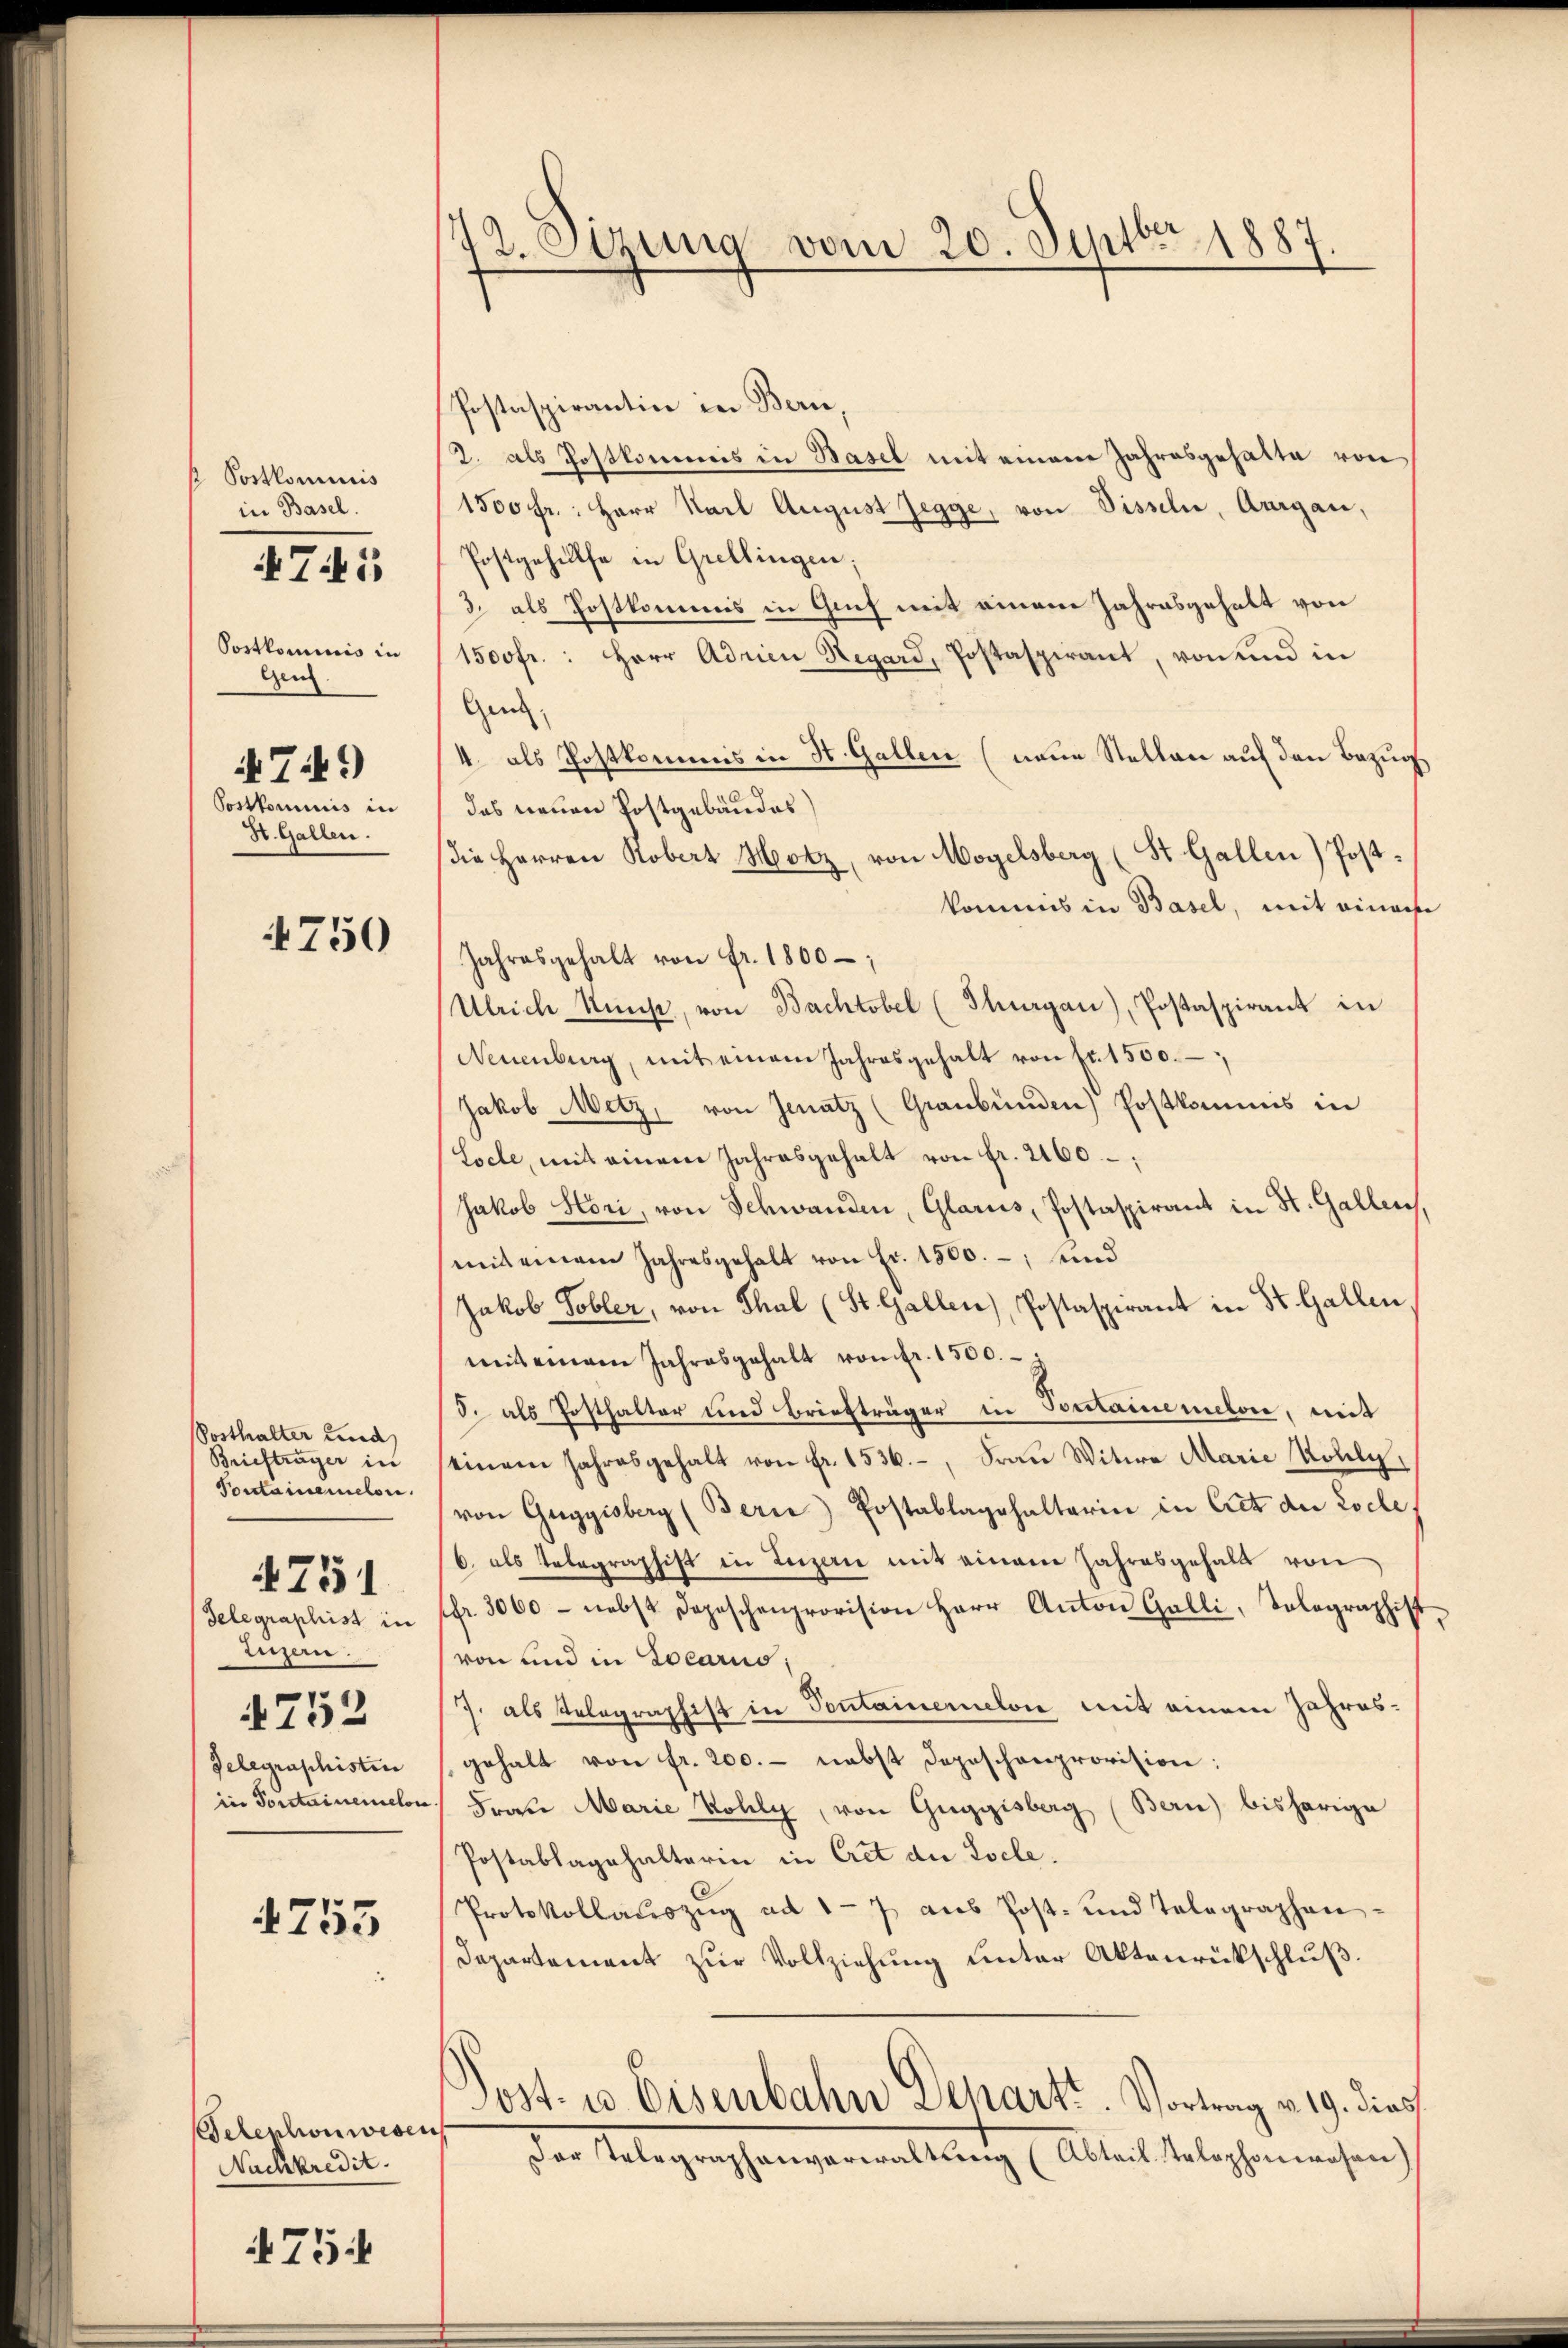
Postkominis
in Basel.

4745

Postkominis in
Gen
749)
Postkommis in
St. Gallen.

4750

Posthalter Lind
Briefträger in
Pontairemelon.
Telegraphist in
Luzern.
4752
Gelegraphisten
in Portainemelon

4751

755

Telephon weser
Nachkredit.

754

72. Otzung vom 20. Septbr. 1887.

Postaspirantin in Bern,
2. als Postkommis in Basel mit einem Jahresgehalte von
1500 fr.: Herr Karl August Zegge, von Disseln, Aargau,
Postgehülfe in Grellingen;
3. als Postkommis in Genf mit einem Jahresgehalt von
1500fr.: Herr Adrien Regard, Postaspirant, von und in
Gen
4. als Postkommis in St. Gallen (neue Stellen auf den Bezug
das neuen Postgebäudes
die Herren Kobert Hotz, von Mogelsberg (St. Gallen) Postkommes in Basel, mit einahe
Jahresgehalt von Fr. 1800 –
Ulriche Kunst, von Bachtobel (Thurgau), Postaspirant in
Neuenburg, mit einem Jahresgehalt von fr. 1550.
Jakob Metz, von Jenatz (Graubünden Postkommis in
Locle, mit einem Jahresgehalt von fr. 2160;
Jakob Hori, von Schwanden, Glarus, Postaspirant in St. Gallen,
mit einem Jahresgehalt von Fr. 1500.-, und
Jakob Tobler, von Thal (St. Gallen), Postaspirant in St. Gallen,
mit einem Jahresgehalt von fr. 1500.-
d. als Posthalter und Briefträger in Sontairemeten, mit
einem Jahresgehalt von fr. 1536., Frau Witwe Marie Rolly,
von Guggisberg (Berne Postablagshalterin in Cret die Loche
6. als Telegraphist in Luzern mit einem Jahresgehalt von
ffr. 3000 - nebst Depeschenprovision Herr Anton Galli, Tolographist
von und in Locario;
J. als Telegraphist in Sontainerelon mit einem Jahresgehalt von fr. 200.- nebst Depeschenprovision:
 Frau Marie Kolly, von Guggisberg (Bern) bisherige
Postablagehalterin in Cret die Pocle.
Protokollaŭszŭg ad 17 aŭs Post- und Telegraphen-
Departement zur Vollziehung unter Aktenrückschluß.
Post. u. Eisenbahn Depart. Vortrag v. 19. dies
der Telegraphenverwaltung (Abteil. Telephonwohner)